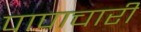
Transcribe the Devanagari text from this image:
पापाचारी